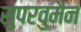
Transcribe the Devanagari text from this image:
सुपरवुमैन